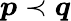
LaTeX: \boldsymbol{p}\prec\boldsymbol{q}